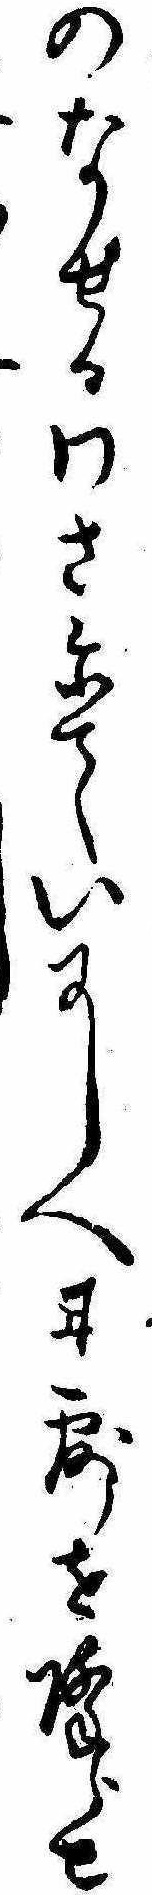
のなせるわさにていにしへ甘露を降らせし